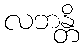
လဘန္တိ